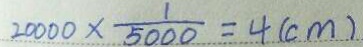
2 0 0 0 0 \times \frac { 1 } { 5 0 0 0 } = 4 ( c m )